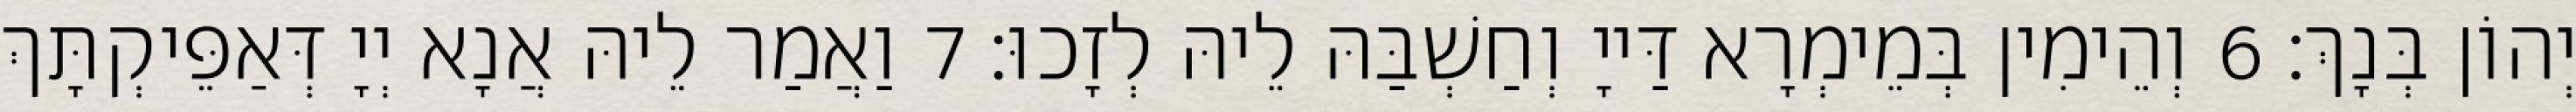
יְהוֹן בְּנָךְ׃ 6 וְהֵימִין בְּמֵימְרָא דַּייָ וְחַשְׁבַּהּ לֵיהּ לְזָכוּ׃ 7 וַאֲמַר לֵיהּ אֲנָא יְיָ דְּאַפֵּיקְתָּךְ